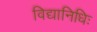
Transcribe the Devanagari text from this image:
विद्यानिधिः